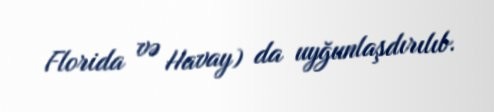
Florida və Havay) da uyğunlaşdırılıb.